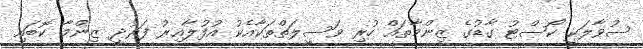
ސުވާލަކީ ކޯސްޓު ގާޑުގެ ޒިންމާތައް ހުރި ވަސީލަތްތަކާއެކު އުފުލާއިރު ފަރުދީ ޒިންމާ ކޮބައި